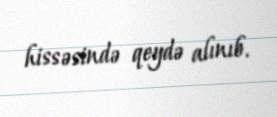
hissəsində qeydə alınıb.